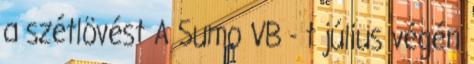
a szétlövést A Sumo VB - t július végén